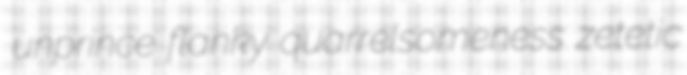
unprince flanky quarrelsomeness zetetic